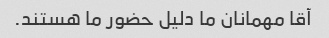
آقا مهمانان ما دلیل حضور ما هستند.